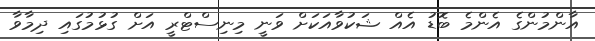
އާންމުންގެ އެންމެ ބޮޑު އެއް ޝަކުވާއަކަށް ވަނީ މިނިސްޓްރީ އަށް ގުޅުމުގައި ދިމާވާ